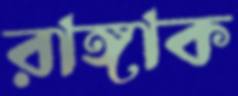
রাঙ্গাক